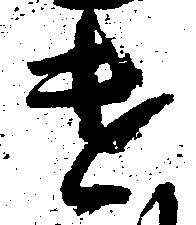
違